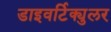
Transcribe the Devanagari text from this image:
डाइवर्टिक्युलर